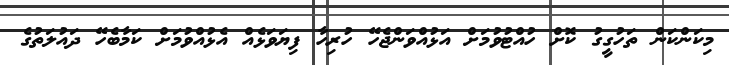
މިކަންކަން ތަހުގީގު ކޮށް ހުއްޓުވުމަށް އަޅުއްވަންޖެހޭ ހުރިހާ ފިޔަވަޅެއް އެޅުއްވުމަށް ކަމާބެހޭ ދައުލަތުގެ